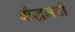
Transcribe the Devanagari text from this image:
बौद्धमठों